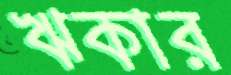
ঋকার